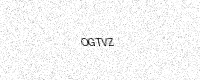
Text: OGTVZ